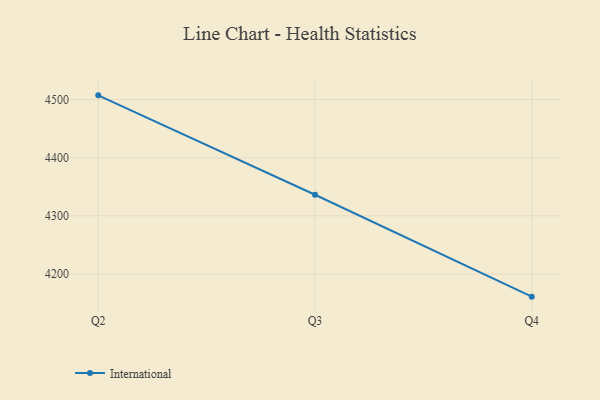
{"axis": {"x": "Quarter", "y": "Production Output"}, "legend": ["International"], "data": [{"x": "Q2", "y": 4507.2, "type": "International"}, {"x": "Q3", "y": 4336.3, "type": "International"}, {"x": "Q4", "y": 4161.0, "type": "International"}]}